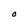
Character: O